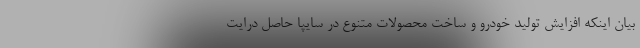
بيان اينكه افزايش توليد خودرو و ساخت محصولات متنوع در سايپا حاصل درايت